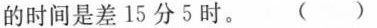
的时间是差15分5时。 ( )